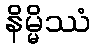
နိမ္မိဿံ